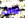
كان